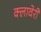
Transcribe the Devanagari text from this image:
क्लावेरी